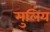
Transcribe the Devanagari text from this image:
मुलिय